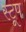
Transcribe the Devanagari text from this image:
स्टूप